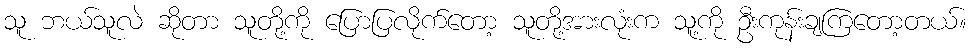
သူ ဘယ်သူလဲ ဆိုတာ သူတို့ကို ပြောပြလိုက်တော့ သူတို့အားလုံးက သူ့ကို ဦးကုန်းချကြတော့တယ်။